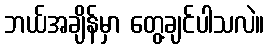
ဘယ်အချိန်မှာ တွေ့ချင်ပါသလဲ။